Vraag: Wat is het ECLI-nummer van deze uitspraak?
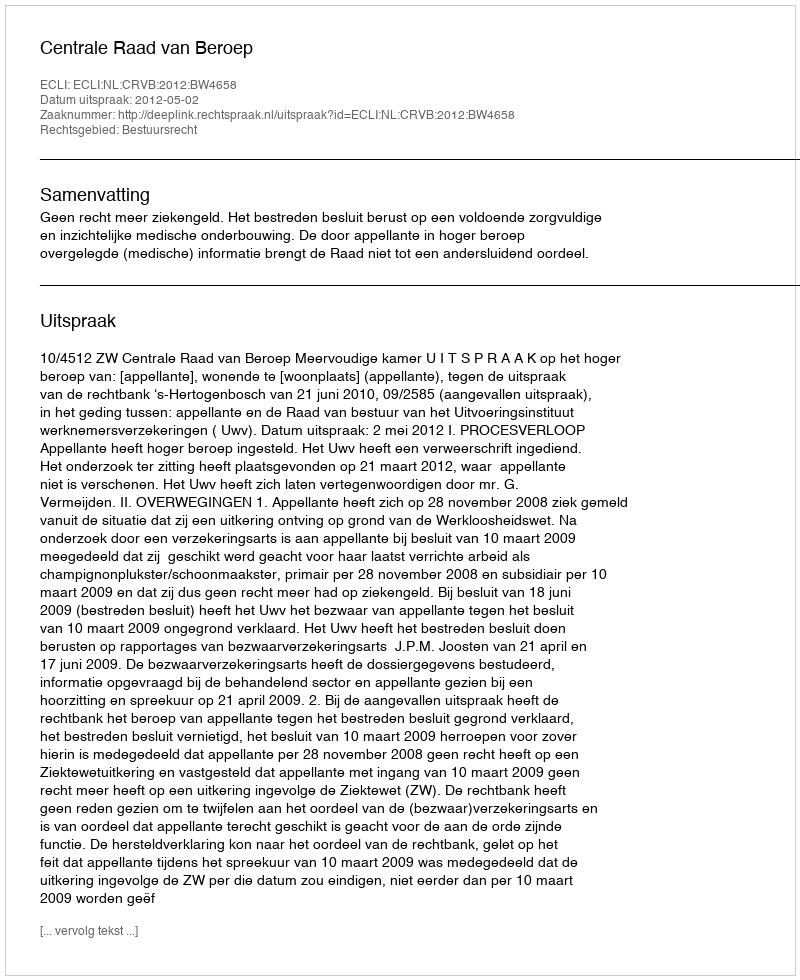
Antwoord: ECLI:NL:CRVB:2012:BW4658